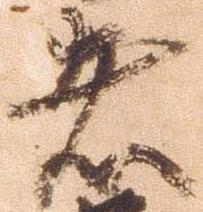
者